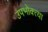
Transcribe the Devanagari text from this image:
उपभोक्त्या